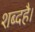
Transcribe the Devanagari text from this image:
शब्दहै।